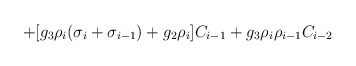
\begin{align*}+ [g_3 \rho _i (\sigma _i+\sigma _{i-1})+g_2 \rho _i] C_{i-1} +g_3 \rho _i \rho _{i-1}C_{i-2}\end{align*}